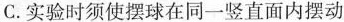
C.实验时须使摆球在同一竖直面内摆动